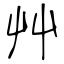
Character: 艸